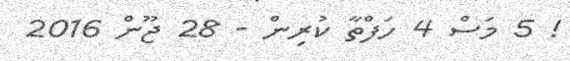
! 5 މަސް 4 ހަފްތާ ކުރިން - 28 ޖޫން 2016